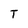
Character: T